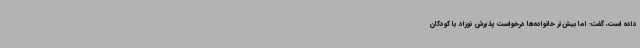
داده است، گفت: اما بیش‌تر خانواده‌ها درخواست پذیرش نوزاد یا کودکان